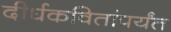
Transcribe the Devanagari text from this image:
दीर्घकवितांपर्यंत